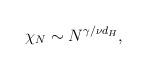
LaTeX: \begin{align*}\protect \chi_N \sim N^{\gamma/\nu d_H},\end{align*}